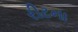
રીટના